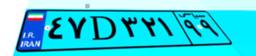
۹۹D۷۴۳۰۱